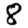
Digit: 8